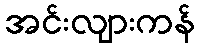
အင်းလျားကန်